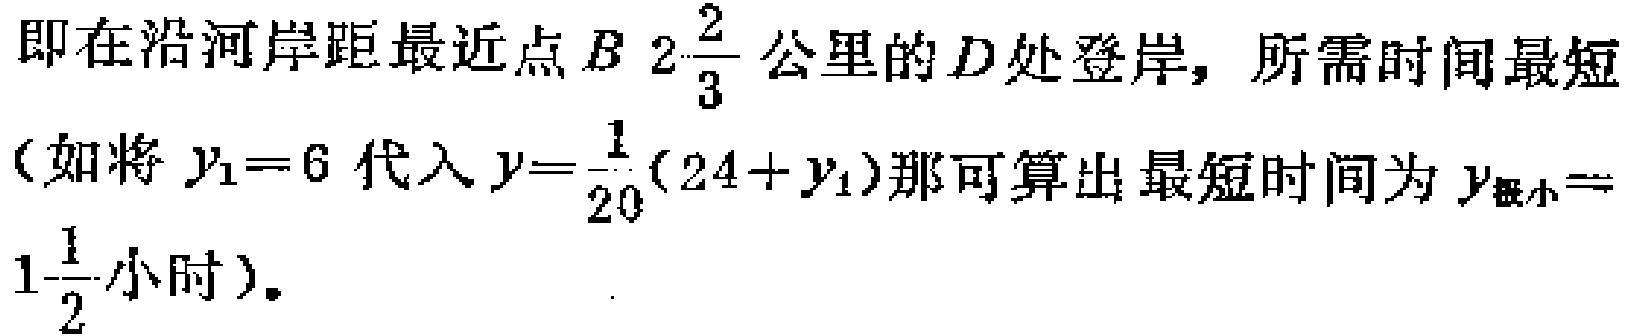
即在沿河岸距最近点\(B\ 2\frac{2}{3}\)公里的\(D\)处登岸，所需时间最短（如将\(y_{1}=6\)代入\(y = \frac{1}{20}(24 + y_{1})\)那可算出最短时间为\(y_{最小}=1\frac{1}{2}\)小时）。